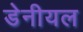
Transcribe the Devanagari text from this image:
डेनीयल